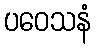
ပဝေသနံ